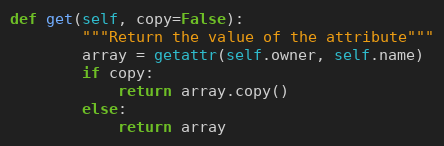
Language: Python
def get(self, copy=False):
        """Return the value of the attribute"""
        array = getattr(self.owner, self.name)
        if copy:
            return array.copy()
        else:
            return array